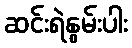
ဆင်းရဲနွမ်းပါး